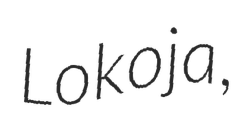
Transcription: Lokoja,